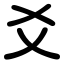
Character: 爻